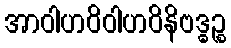
အာဝါဟဝိဝါဟဝိနိဗဒ္ဓဉ္စ